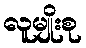
လူမျိုးစု